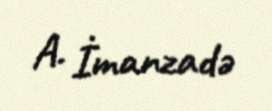
A. İmanzadə